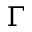
\Gamma